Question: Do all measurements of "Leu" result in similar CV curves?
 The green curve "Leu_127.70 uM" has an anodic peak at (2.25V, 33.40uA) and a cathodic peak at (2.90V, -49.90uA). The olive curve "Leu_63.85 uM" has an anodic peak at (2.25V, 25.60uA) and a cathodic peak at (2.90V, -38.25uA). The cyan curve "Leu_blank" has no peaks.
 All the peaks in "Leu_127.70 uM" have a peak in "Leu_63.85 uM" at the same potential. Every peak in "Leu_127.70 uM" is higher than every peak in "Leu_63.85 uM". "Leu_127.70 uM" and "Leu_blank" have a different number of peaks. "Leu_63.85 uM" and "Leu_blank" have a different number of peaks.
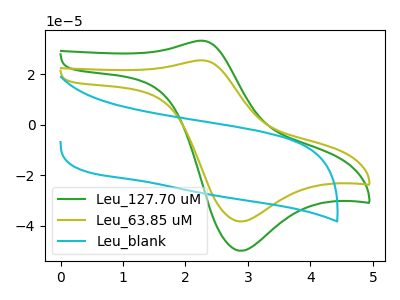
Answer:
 <answer>All the CV's of "Leu" have similar shape.</answer>
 <eval>follow_rule</eval>